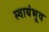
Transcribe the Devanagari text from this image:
स्वायंभूव